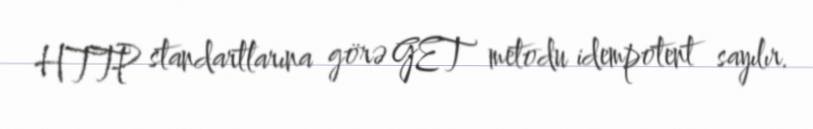
HTTP standartlarına görə GET metodu idempotent sayılır.